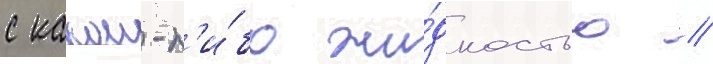
с какои-л'и́бо жи́дкостью //